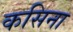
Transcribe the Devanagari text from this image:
कसिना